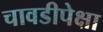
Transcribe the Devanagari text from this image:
चावडीपेक्षा